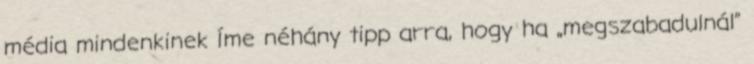
média mindenkinek Íme néhány tipp arra, hogy ha „megszabadulnál”